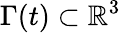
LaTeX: \Gamma(t)\subset\mathbb{R}^{3}